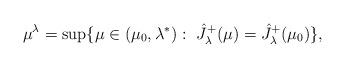
LaTeX: \begin{align*}\mu^{\lambda}=\sup \{\mu\in (\mu_0,\lambda^*):\ \hat{J}_\lambda^+(\mu)=\hat{J}_\lambda^+(\mu_0)\},\end{align*}